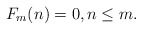
\begin{align*}F_m(n) = 0, n \leq m.\end{align*}